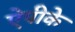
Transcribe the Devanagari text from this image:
ऐपीके